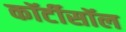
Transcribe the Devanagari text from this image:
कॉर्टीसॉल